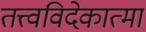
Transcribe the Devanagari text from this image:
तत्त्वविदेकात्मा